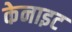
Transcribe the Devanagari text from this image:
केनाइट